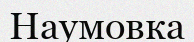
Наумовка